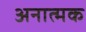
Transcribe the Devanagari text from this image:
अनात्मक